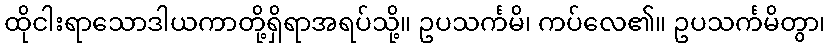
ထိုငါးရာသောဒါယကာတို့ရှိရာအရပ်သို့။ ဥပသင်္ကမိ၊ ကပ်လေ၏။ ဥပသင်္ကမိတွာ၊